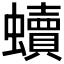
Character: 𧔖